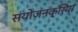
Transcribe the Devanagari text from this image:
संयोजनक्रिया